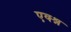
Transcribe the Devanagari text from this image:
एक्श्न